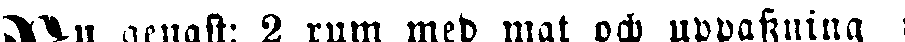
Nu genast: 2 rum med mat och uppvakning